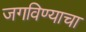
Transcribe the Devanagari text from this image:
जगविण्याचा